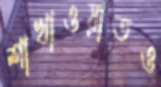
শাখাওয়াতও